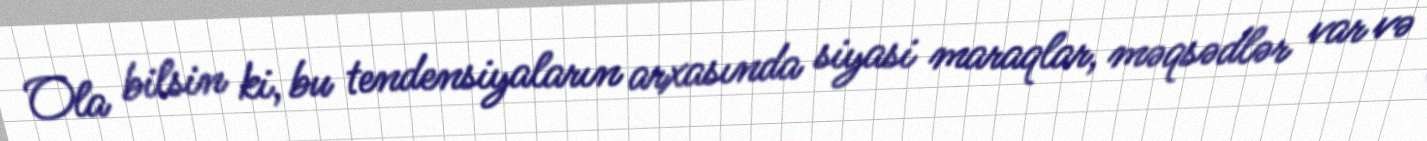
Ola bilsin ki, bu tendensiyaların arxasında siyasi maraqlar, məqsədlər var və